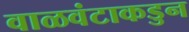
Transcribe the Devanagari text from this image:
वाळवंटाकडुन